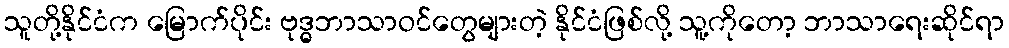
သူတို့နိုင်ငံက မြောက်ပိုင်း ဗုဒ္ဓဘာသာဝင်တွေများတဲ့ နိုင်ငံဖြစ်လို့ သူ့ကိုတော့ ဘာသာရေးဆိုင်ရာ